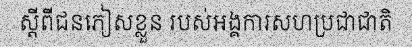
ស្តីពីជនភៀសខ្លួន របស់អង្គការសហប្រជាជាតិ